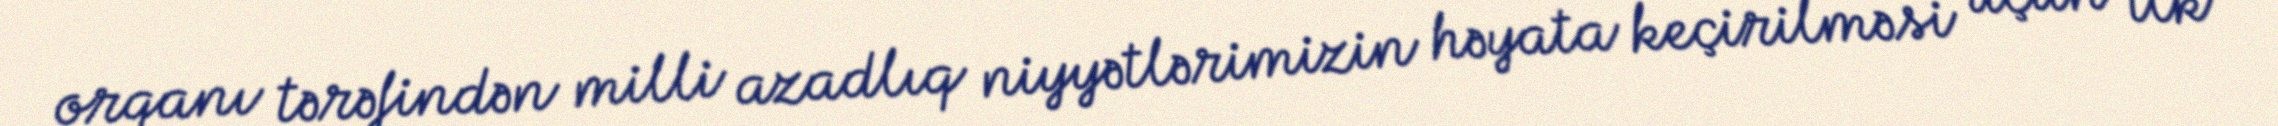
orqanı tərəfindən milli azadlıq niyyətlərimizin həyata keçirilməsi üçün ilk